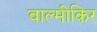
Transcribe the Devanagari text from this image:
वाल्मीकिर